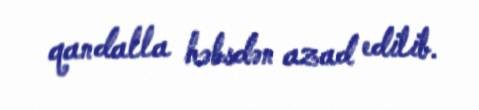
qandalla həbsdən azad edilib.